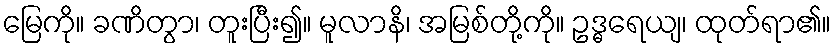
မြေကို။ ခဏိတွာ၊ တူးပြီး၍။ မူလာနိ၊ အမြစ်တို့ကို။ ဥဒ္ဓရေယျ၊ ထုတ်ရာ၏။